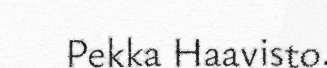
Pekka Haavisto.